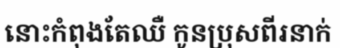
នោះកំពុងតែឈឺ កូនប្រុសពីរនាក់